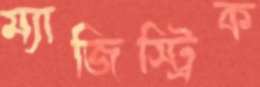
ম্যাজিস্ট্রিক